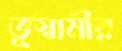
ভূস্বামীর